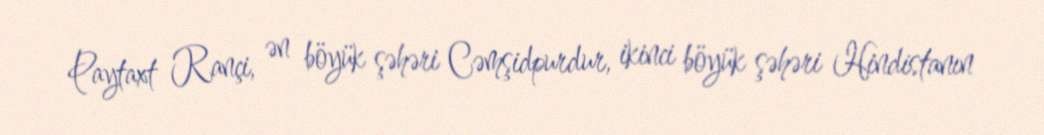
Paytaxt Rançi, ən böyük şəhəri Cəmşidpurdur, ikinci böyük şəhəri Hindistanın